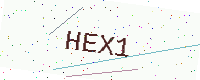
Text: HEX1